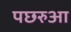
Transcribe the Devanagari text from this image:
पछरुआ